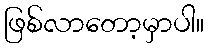
ဖြစ်လာတော့မှာပါ။